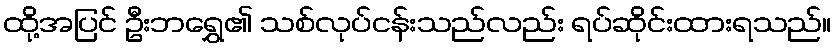
ထို့အပြင် ဦးဘရွှေ၏ သစ်လုပ်ငန်းသည်လည်း ရပ်ဆိုင်းထားရသည်။